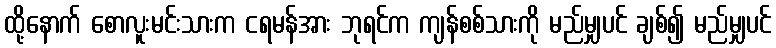
ထို့နောက် စောလူးမင်းသားက ငရမန်အား ဘုရင်က ကျန်စစ်သားကို မည်မျှပင် ချစ်၍ မည်မျှပင်